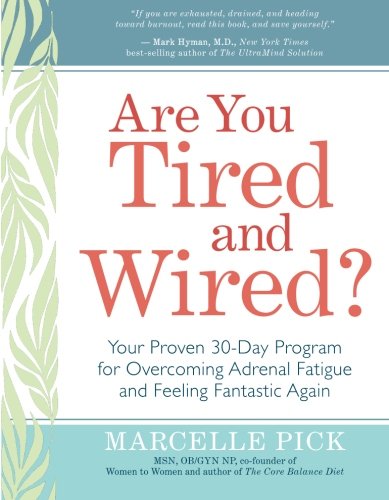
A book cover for Are You Tired and Wired?: Your Proven 30-Day Program for Overcoming Adrenal Fatigue and Feeling Fantastic; Marcelle Pick MSN  OB/GYN NP; Health, Fitness & Dieting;